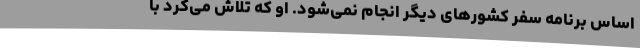
اساس برنامه سفر کشورهای دیگر انجام نمی‌شود. او که تلاش می‌کرد با